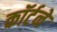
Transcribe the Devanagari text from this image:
कॉर्टने